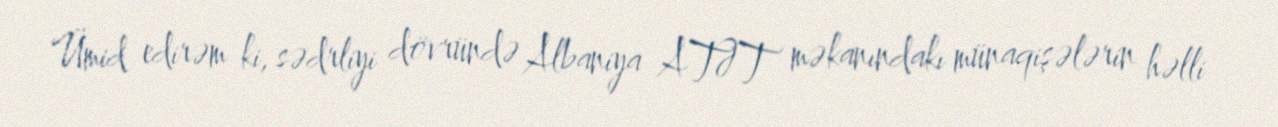
Ümid edirəm ki, sədrliyi dövründə Albaniya ATƏT məkanındakı münaqişələrin həlli